Calcutta medical institutions reports 1892-1900
Year: 1892
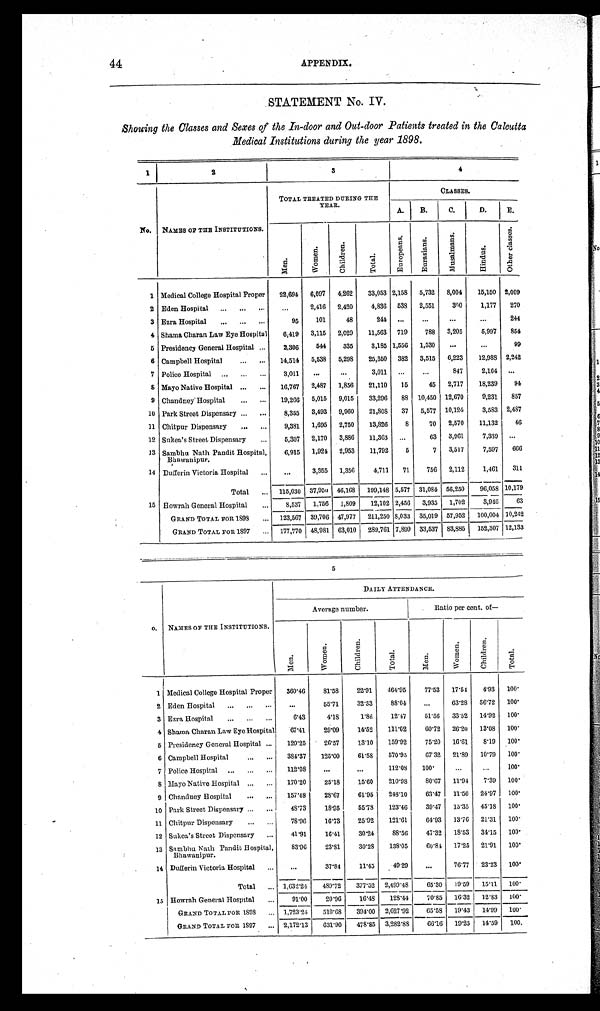
44APPENDIX.
STATEMENT No. IV.
Showing the Classes and Sexes of the In-door and Out-door Patients treated in the Calcutta
Medical Institutions during the year 1898.
1
2
3
4
No. NAMES OF THE INSTITUTIONS.
TOTAL TREATED DURING THE
YEAR.
CLASSES.
A.
B.
C.
D.
E.
M e n .
W o m e n .
C h i l d r e n .
T o t a l .
E u r o p e a n s .
E u r a s i a n s .
M u s a l m a n s .
H i n d u s .
O t h e r c l a s s e s .
1 Medical College Hospital Proper
22,694
6,097
4,262
33,053 2,158
5,732
8,004
15,150 2,009
2 Eden Hospital . . .
. . .
2,416
2,420
4,836
538
2,551
300
1,177
270
3 Ezra Hospital . . .
95
101
48
244
. . .
. . .
. . .
. . .
244
4 Shama Charan Law Eye Hospital
6,419
3,115
2,029
11,563
719
788
3,205
5,997
854
5 Presidency General Hospital . . .
2,306
544
335
3,185 1,556
1,530
. . .
. . .
99
6 Campbell Hospital . . .
14,514
5,538
5,298
25,350
382
3,515
6,223
12,988 2,242
7 Police Hospital . . .
3,011
. . .
. . .
3,011
. . .
. . .
847
2,164
. . .
8 Mayo Native Hospital . . .
16,767
2,487
1,856
21,110
15
45
2,717
18,239
94
9 Chandney Hospital . . .
19,266
5,015
9,015
33,296
88
10,450 12,670
9,231
857
10 Park Street Dispensary . . .
8,355
3,493
9,960
21,808
37
5,577 10,124
3,583 2,487
11 Chitpur Dispensary . . .
9,381
1,695
2,750
13,826
8
70
2,570
11,132
46
12 Sukea's Street Dispensary . . .
5,307
2,170
3,886
11,363
. . .
63
3,961
7,339
. . .
13 Sambhu Nath Pandit Hospital,
Bhawanipur.
6,915
1,924
2,953
11,792
5
7
3,517
7,597
666
14 Dufferin Victoria Hospital . . .
. . .
3,355
1,356
4,711
71
756
2,112
1,461
311
Total . . .
115,030 37,95<illegible> 46,168
199,148 5,577 31,084 56,250
96,058 10,179
15 Howrah General Hospital . . .
8,537
1,756
1,809
12,102 2,456
3,935
1,702
3,946
63
GRAND TOTAL FOR 1898 . . .
123,567
39,706 47,977
211,250 8,033
35,019 57,952
100,004 10,242
GRAND TOTAL FOR 1897 . . .
177,770 48,981 63,010
289,761 7,899 33,537 83,885
152,307 12,133
5
No.
NAMES OF THE INSTITUTIONS.
DAILY ATTENDANCE.
Average number.
Ratio per cent. of
—
Men.
Women.
Chi l dr en.
Total.
Men.
Women.
Chi l dren.
Total.
1 Medical College Hospital Proper
360.46
81.58
22.91
464.95
77.53
17.54
4.93
1 0 0 .
2 Eden Hospital . . .
. . .
55.71
32.33
88.04
. . .
63.28
36.72
1 0 0 .
3 Ezra Hospital . . .
6.43
4.18
1.86
12.47
51.56
33.52
14.92
1 0 0 .
4 Shama Charan Law Eye Hospital
67.41
29.09
14.52
111.02
60.72
26.20
13.08
1 0 0 .
5 Presidency General Hospital . . .
120.25
26.57
13.10
159.92
75.20
16.61
8.19
1 0 0 .
6 Campbell Hospital . . .
384.37
125.00
61.58
570.95
67.32
21.89
10.79
1 0 0 .
7 Police Hospital . . .
112.08
. . .
. . .
112.08
100.
. . .
. . .
1 0 0 .
8 Mayo Native Hospital . . .
170.20
25.18
15.60
210.98
80.67
11.94
7.39
1 0 0 .
9 Chandney Hospital . . .
157.48
28.67
61.95
248.10
63.47
11.56
24.97
1 0 0 .
10 Park Street Dispensary . . .
48.73
18.95
55.78
123.46
39.47
15.35
45.18
1 0 0 .
11 Chitpur Dispensary . . .
78.96
16.73
25.92
121.61
64.93
13.76
21.31
1 0 0 .
12 Sukea's Street Dispensary . . .
41.91
16.41
30.24
88.56
47.32
18.53
34.15
1 0 0 .
13 Sambhu Nath Pandit Hospital,
Bhawanipur.
83.96
23.81
30.28
138.05
60.84
17.25
21.91
1 0 0 .
14 Dufferin Victoria Hospital . . .
. . .
37.84
11.45
49.29
. . .
76.77
23.23
1 0 0 .
Total . . . 1,632.24
489.72
377.52
2,499.48
65.30
19.59
15.11
1 0 0 .
15 Howrah General Hospital . . .
91.00
20.96
16.48
128.44
70.85
16.32
12.83
1 0 0 .
GRAND TOTAL FOR 1893 . . . 1,723.24
510.68
394.00
2,627.92
65.58
19.43
14.99
1 0 0 .
GRAND TOTAL FOR 1897 . . . 2,172.13
631.90
478.85
3,282.88
60.16
19.25
14.59
100.